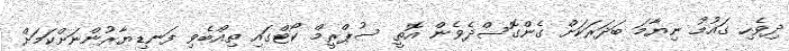
ދިވެހި ގައުމު ނިޔާމަ ބަދަރަކަށް ގެންގޮސްދެވެން އޮތީ ސުޕްރީމް ކޯޓްގައި ތިއްބެވި ފަނޑިޔާރުންނަށްކަމަށް